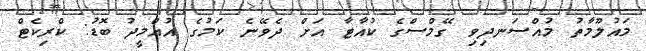
މައުލޫމާތު މުއްސަނދިވި ގޭމްސްގެ ކުއާޓާ އަށް ދެވޭނެ ކަމުގެ އުއްމީދު ބޮޑު: ކްރިކެޓް